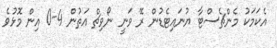
އެކަމަކު މެންޗެސްޓާ ޔުނައިޓެޑުން ރޭ ވަނީ ނޯވިޗް އަތުން 4-0 އިން މޮޅުވެ